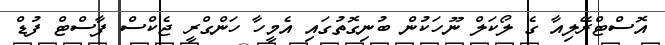
އޮސްޓްރޭލިއާ ގެ ލޯކަލް ނޫހަކުން ބުނިގޮތުގައި އެމީހާ ހަންގްރީ ޖެކްސް ފާސްޓް ފުޑް